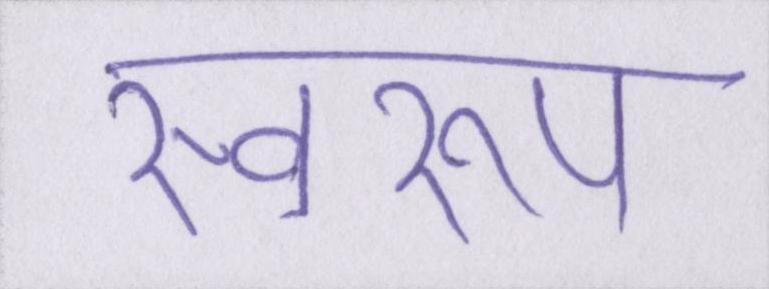
स्वरूप